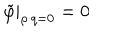
LaTeX: \left. \tilde { \varphi } \right| _ { \rho \cdot q = 0 } = 0